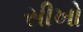
સીખો